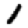
Digit: 1